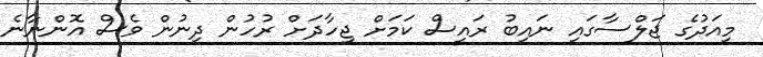
މިއަދުގެ ޖަލްސާގައި ނައިބު ރައީސް ކަމަށް ޖިހާދަށް ރުހުން ދިނުން ވެސް އޮންނާނެ